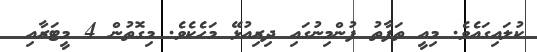
ކުލައިގައެވެ. މިއީ ތަފާތު ފުންމިނުގައި ދިރިއުޅޭ މަހެކެވެ. މިގޮތުން 4 މީޓަރާއި